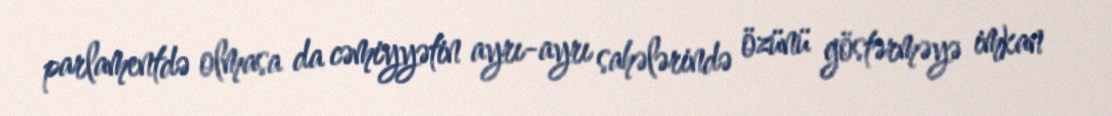
parlamentdə olmasa da cəmiyyətin ayrı-ayrı sahələrində özünü göstərməyə imkan